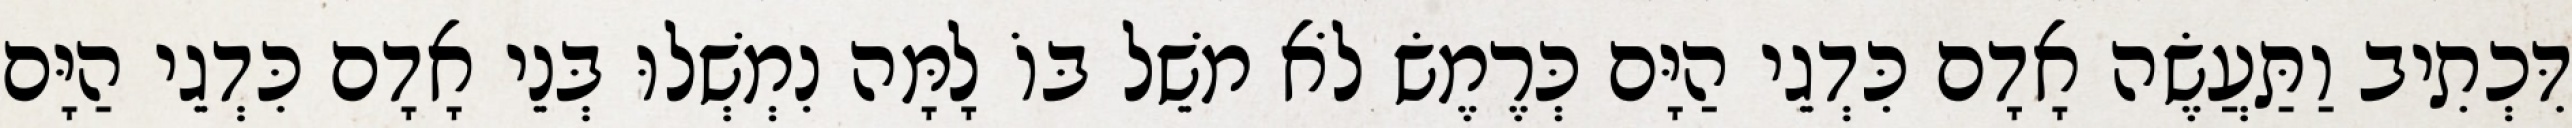
דִּכְתִיב וַתַּעֲשֶׂה אָדָם כִּדְגֵי הַיָּם כְּרֶמֶשׂ לֹא מֹשֵׁל בּוֹ לָמָּה נִמְשְׁלוּ בְּנֵי אָדָם כִּדְגֵי הַיָּם